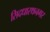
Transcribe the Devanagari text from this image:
सिदधारथनगर